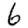
Digit: 6